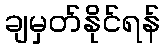
ချမှတ်နိုင်ရန်